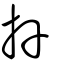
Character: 芔